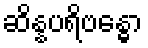
ဆိန္နပရိဗန္ဓော